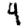
Digit: 4